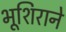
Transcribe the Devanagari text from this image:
भूशिराने